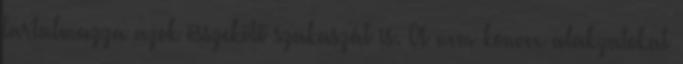
tartalmazza azok összekötő szakaszát is. A nem konvex alakzatokat